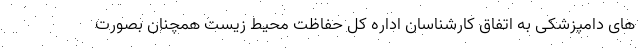
های دامپزشکی به اتفاق کارشناسان اداره کل حفاظت محیط زیست همچنان بصورت